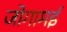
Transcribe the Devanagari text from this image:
जोगामई